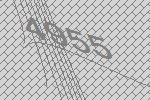
4955